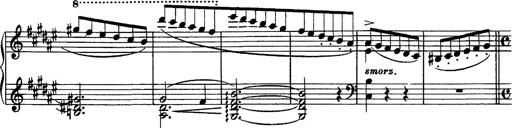
Title: Piano Sonata
Composer: Karl HÃ¤ssler
Key: C major